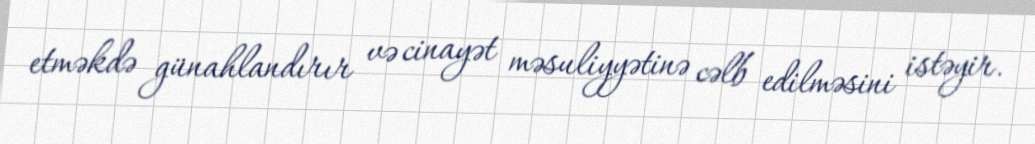
etməkdə günahlandırır və cinayət məsuliyyətinə cəlb edilməsini istəyir.